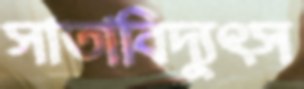
সাতাবিদ্যুৎস